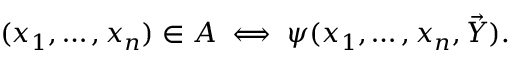
\quad ( x _ { 1 } , \ldots , x _ { n } ) \in A \iff \psi ( x _ { 1 } , \ldots , x _ { n } , { \vec { Y } } ) .